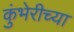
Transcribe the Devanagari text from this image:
कुंभेरीच्या